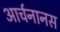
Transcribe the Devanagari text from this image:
आर्चनानस